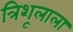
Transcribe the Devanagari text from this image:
त्रिशूलाला